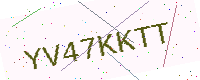
Text: YV47KKTT